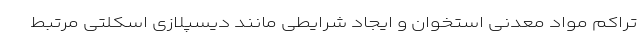
تراکم مواد معدنی استخوان و ایجاد شرایطی مانند دیسپلازی اسکلتی مرتبط